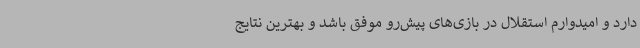
دارد و امیدوارم استقلال در بازی‌های پیش‌رو موفق باشد و بهترین نتایج